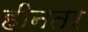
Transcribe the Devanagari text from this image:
हीनतर